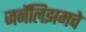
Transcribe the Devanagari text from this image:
जर्नॅलिझमचे